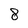
Character: 8